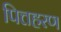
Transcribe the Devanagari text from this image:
पित्तहरण